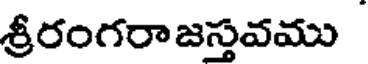
శ్రీరంగరా జస్తవము